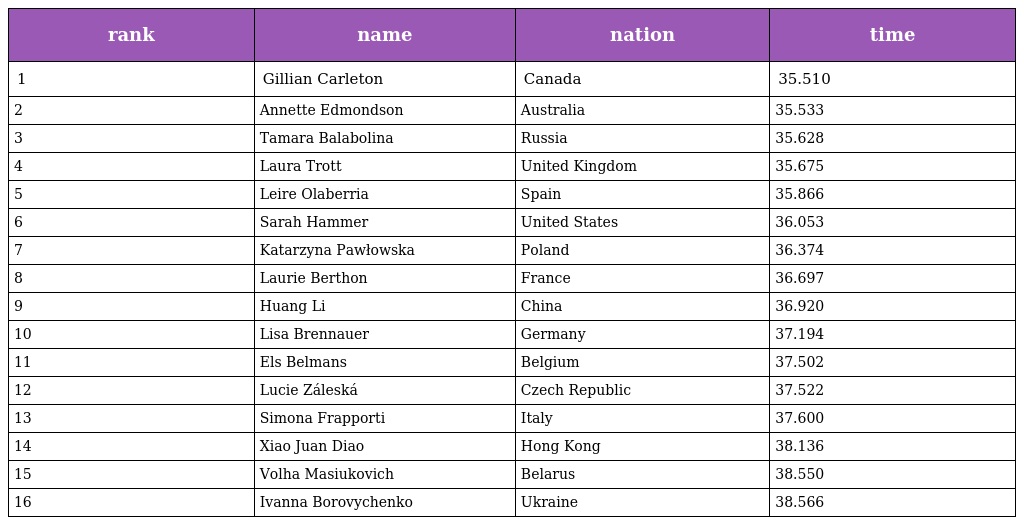
| rank | name | nation | time |
 | --- | --- | --- | --- |
 | 1 | Gillian Carleton | Canada | 35.510 |
 | 2 | Annette Edmondson | Australia | 35.533 |
 | 3 | Tamara Balabolina | Russia | 35.628 |
 | 4 | Laura Trott | United Kingdom | 35.675 |
 | 5 | Leire Olaberria | Spain | 35.866 |
 | 6 | Sarah Hammer | United States | 36.053 |
 | 7 | Katarzyna Pawłowska | Poland | 36.374 |
 | 8 | Laurie Berthon | France | 36.697 |
 | 9 | Huang Li | China | 36.920 |
 | 10 | Lisa Brennauer | Germany | 37.194 |
 | 11 | Els Belmans | Belgium | 37.502 |
 | 12 | Lucie Záleská | Czech Republic | 37.522 |
 | 13 | Simona Frapporti | Italy | 37.600 |
 | 14 | Xiao Juan Diao | Hong Kong | 38.136 |
 | 15 | Volha Masiukovich | Belarus | 38.550 |
 | 16 | Ivanna Borovychenko | Ukraine | 38.566 |